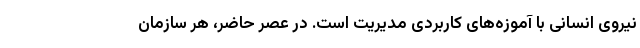
نیروی انسانی با آموزه‌های کاربردی مدیریت است. در عصر حاضر، هر سازمان